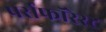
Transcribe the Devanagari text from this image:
पर्सफॉरेस्ट